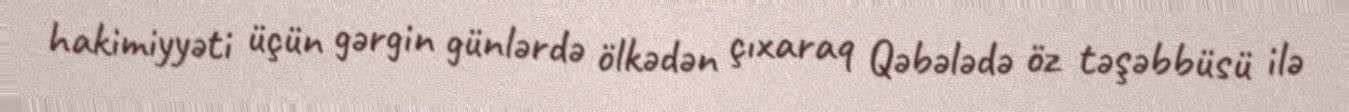
hakimiyyəti üçün gərgin günlərdə ölkədən çıxaraq Qəbələdə öz təşəbbüsü ilə